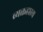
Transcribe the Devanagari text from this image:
व्यक्तहास्य